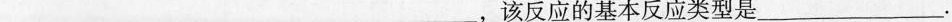
___，该反应的基本反应类型是___.